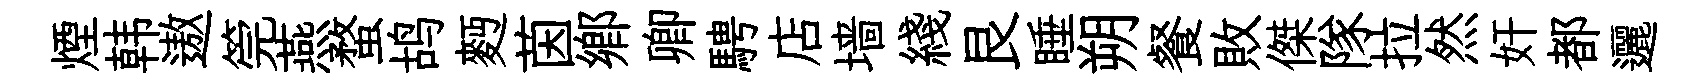
煙韩遨筦燕蝥鸪麪茵郷卿騁店墙綫艮睡朔餐敗傑隊拉然奸都邐